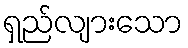
ရှည်လျားသော